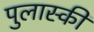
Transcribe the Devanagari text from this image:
पुलास्की